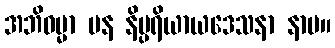
အဘိဓမ္မာ ပန နိပ္ပရိယာယဒေသနာ နာမ။